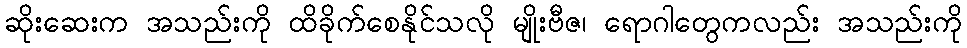
ဆိုးဆေးက အသည်းကို ထိခိုက်စေနိုင်သလို မျိုးဗီဇ၊ ရောဂါတွေကလည်း အသည်းကို